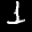
Label: 1